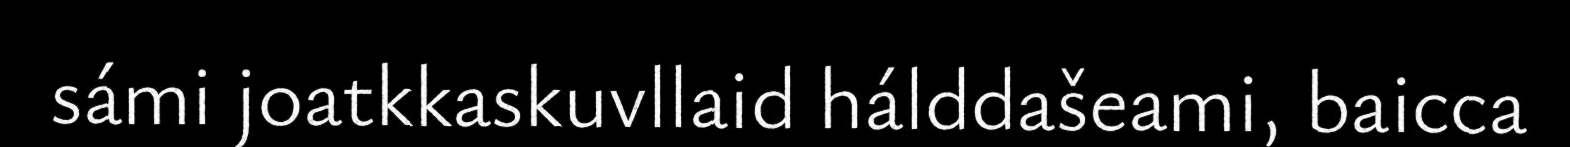
sámi joatkkaskuvllaid hálddašeami, baicca